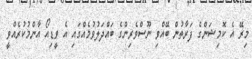
މިރޭ އެ ކޮމިޝަންގެ ފަރާތުން ބޭއްވި ނޫސްވެރިންގެ ބައްދަލުވުމެއްގައި އެ ވީޑިއޯ އާންމުކުރެއްވީ